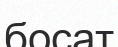
босат